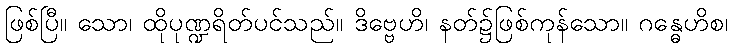
ဖြစ်ပြီ။ သော၊ ထိုပုဏ္ဍရိတ်ပင်သည်။ ဒိဗ္ဗေဟိ၊ နတ်၌ဖြစ်ကုန်သော။ ဂန္ဓေဟိစ၊